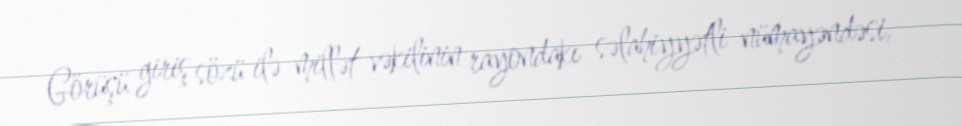
Görüşü giriş sözü ilə millət vəkilinin rayondakı səlahiyyətli nümayəndəsi,